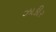
ઝાકીર